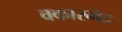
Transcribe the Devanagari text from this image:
वकारभेद